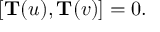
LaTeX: [ { \bf T } ( u ) , { \bf T } ( v ) ] = 0 .